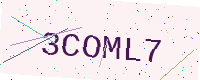
Text: 3COML7